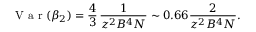
\mathrm { ~ V ~ a ~ r ~ } ( \beta _ { 2 } ) = \frac { 4 } { 3 } \, \frac { 1 } { z ^ { 2 } B ^ { 4 } N } \sim 0 . 6 6 \frac { 2 } { z ^ { 2 } B ^ { 4 } N } .